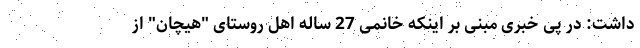
داشت: در پی خبری مبنی بر اینکه خانمی 27 ساله اهل روستای "هیچان" از